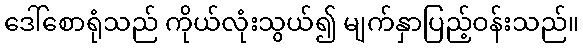
ဒေါ်စောရုံသည် ကိုယ်လုံးသွယ်၍ မျက်နှာပြည့်ဝန်းသည်။